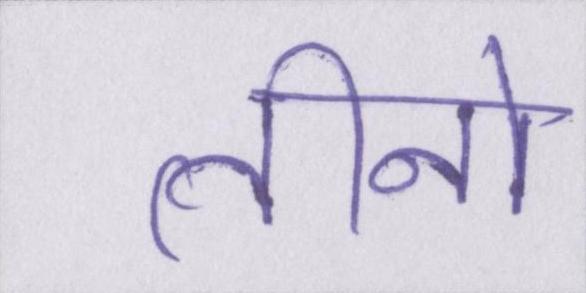
तीनो